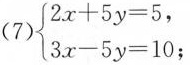
（7）$$\begin{cases}